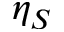
\eta _ { S }